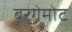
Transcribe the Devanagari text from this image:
बरगेमोट